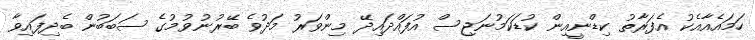
ހަމައެއާއެކު އެފަރާތު ކިޑްނީއިން ކުޑަކަމުނަޖިސް އުފައްދައިދޭ މިންވަރު މަދުވެ ބޭރުނުވުމުގެ ސަބަބުން ބެދިފައިވާ